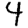
Digit: 4